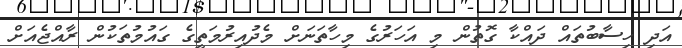
އަދި ހިސާބުތައް ދައްކާ ގޮތުން މި އަހަރުގެ މިހާތަނަށް މެދުއިރުމަތީގެ ގައުމުތަކުން ރާއްޖެއަށް